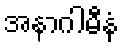
အနာဂါမီနံ